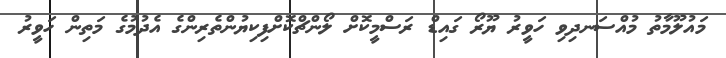
މައުލޫމާތު މުއްސަނދިވި ހަވީރު ޔޫރޯ ގައިޑް ރަސްމީކޮށް ލޯންޗްކޮށްފިކިޔުންތެރިންގެ އެދުމުގެ މަތިން ހަވީރު